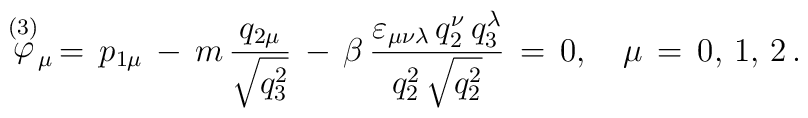
\stackrel{(3)}{\varphi }_\mu \,=\,p_{1\mu }\,-\,m\,\frac{q_{2\mu }}{\sqrt{q_3^2}}\,-\,\beta \,\frac{\varepsilon_{\mu \nu\lambda }\,q_2^\nu\,q_3^\lambda }{q_2^2\,\sqrt{q_2^2}}\,=\,0, \quad \mu\,=\,0,\,1,\,2\,{.}